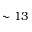
\sim 1 3